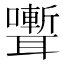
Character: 𮋽